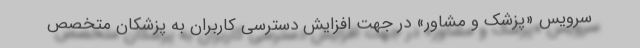
سرویس «پزشک و مشاور» در جهت افزایش دسترسی کاربران به پزشکان متخصص